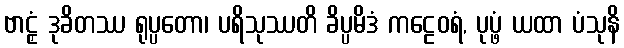
ဗာဠှံ ဒုခိတဿ ရုပ္ပတော၊ ပရိသုဿတိ ခိပ္ပမိဒံ ကဠေဝရံ, ပုပ္ဖံ ယထာ ပံသုနိ